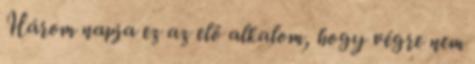
Három napja ez az elő alkalom, hogy végre nem